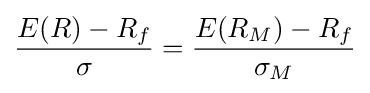
{\frac {E(R)-R_{f}}{\sigma }}={\frac {E(R_{M})-R_{f}}{\sigma _{M}}}